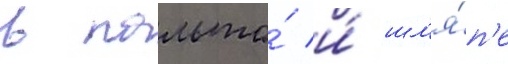
в пальто́ и́ шл'я́п'е